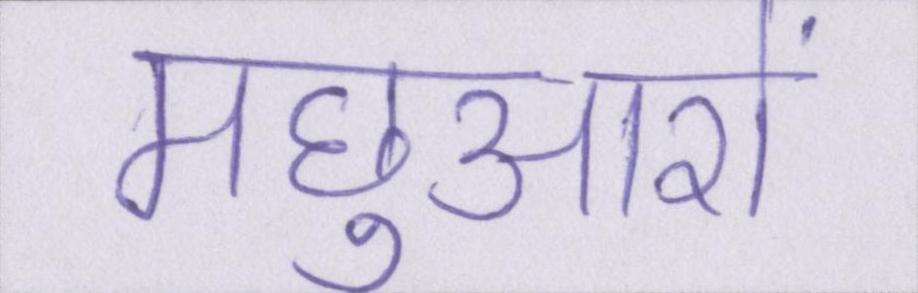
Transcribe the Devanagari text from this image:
मछुआरों